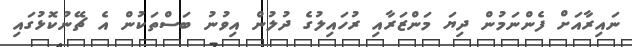
ނައިރާއަށް ފެންނަމުން ދިޔަ މަންޒަރާއި ރުހައިލުގެ ދުލުން އިވުނު ބަސްތަކުން އެ ޗޭނުކޮޅުގައި